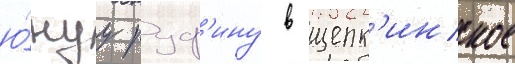
ю́нуу руф'ину в щепк'инское